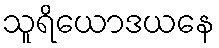
သူရိယောဒယနေ